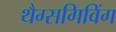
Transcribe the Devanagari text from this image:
थैग्सगिविंग